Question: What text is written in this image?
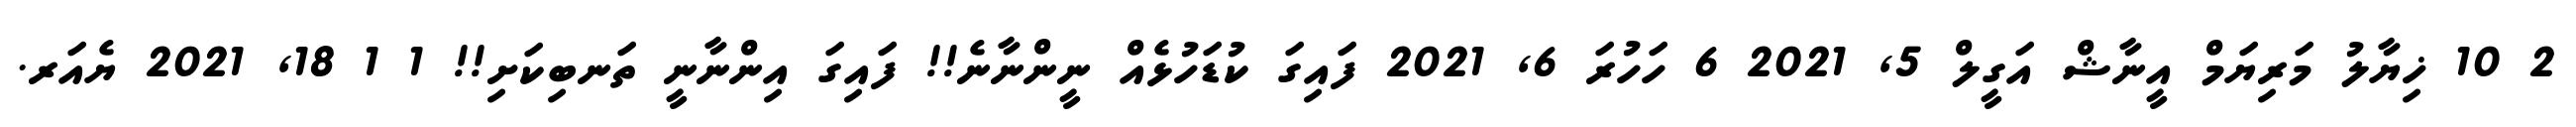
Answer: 2 10 ޚިޔާލު މަރިޔަމް އީނާޝް އަގީލް 5, 2021 6 ހަހުރަ 6, 2021 ފައިގަ ކުޑަހުޅެއް ނީންނާނެ!! ފައިގަ އިންނާނީ ތަނބިކަށި!! 1 1 18, 2021 ޔެއަރ.